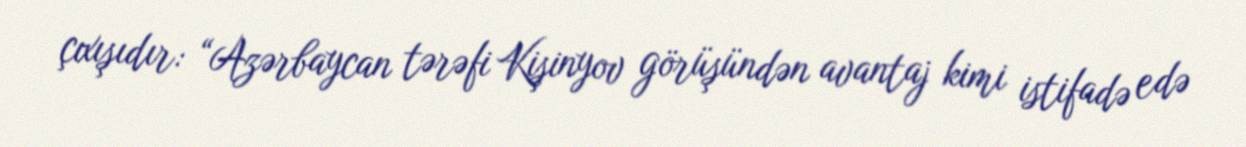
çıxışıdır: “Azərbaycan tərəfi Kişinyov görüşündən avantaj kimi istifadə edə